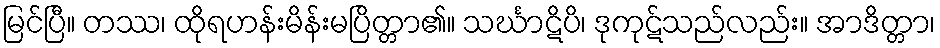
မြင်ပြီ။ တဿ၊ ထိုရဟန်းမိန်းမပြိတ္တာ၏။ သင်္ဃာဋိပိ၊ ဒုကုဋ်သည်လည်း။ အာဒိတ္တာ၊